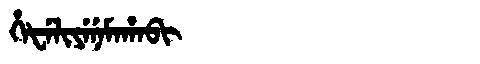
Manchu: ᡥᡝᡶᡝᠯᡳᠶᡝᠨᡝᠮᠠᡥᠠᠪᡳ
Romanization: HEFELIYENEMAHABI